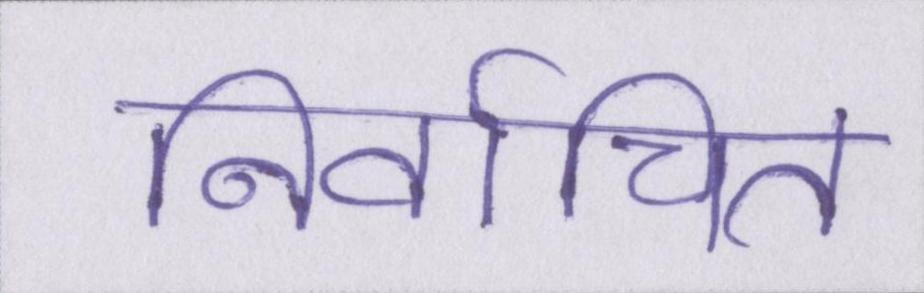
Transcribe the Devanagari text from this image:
निर्वाचित